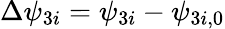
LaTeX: \Delta\psi_{3i}=\psi_{3i}-\psi_{3i,0}